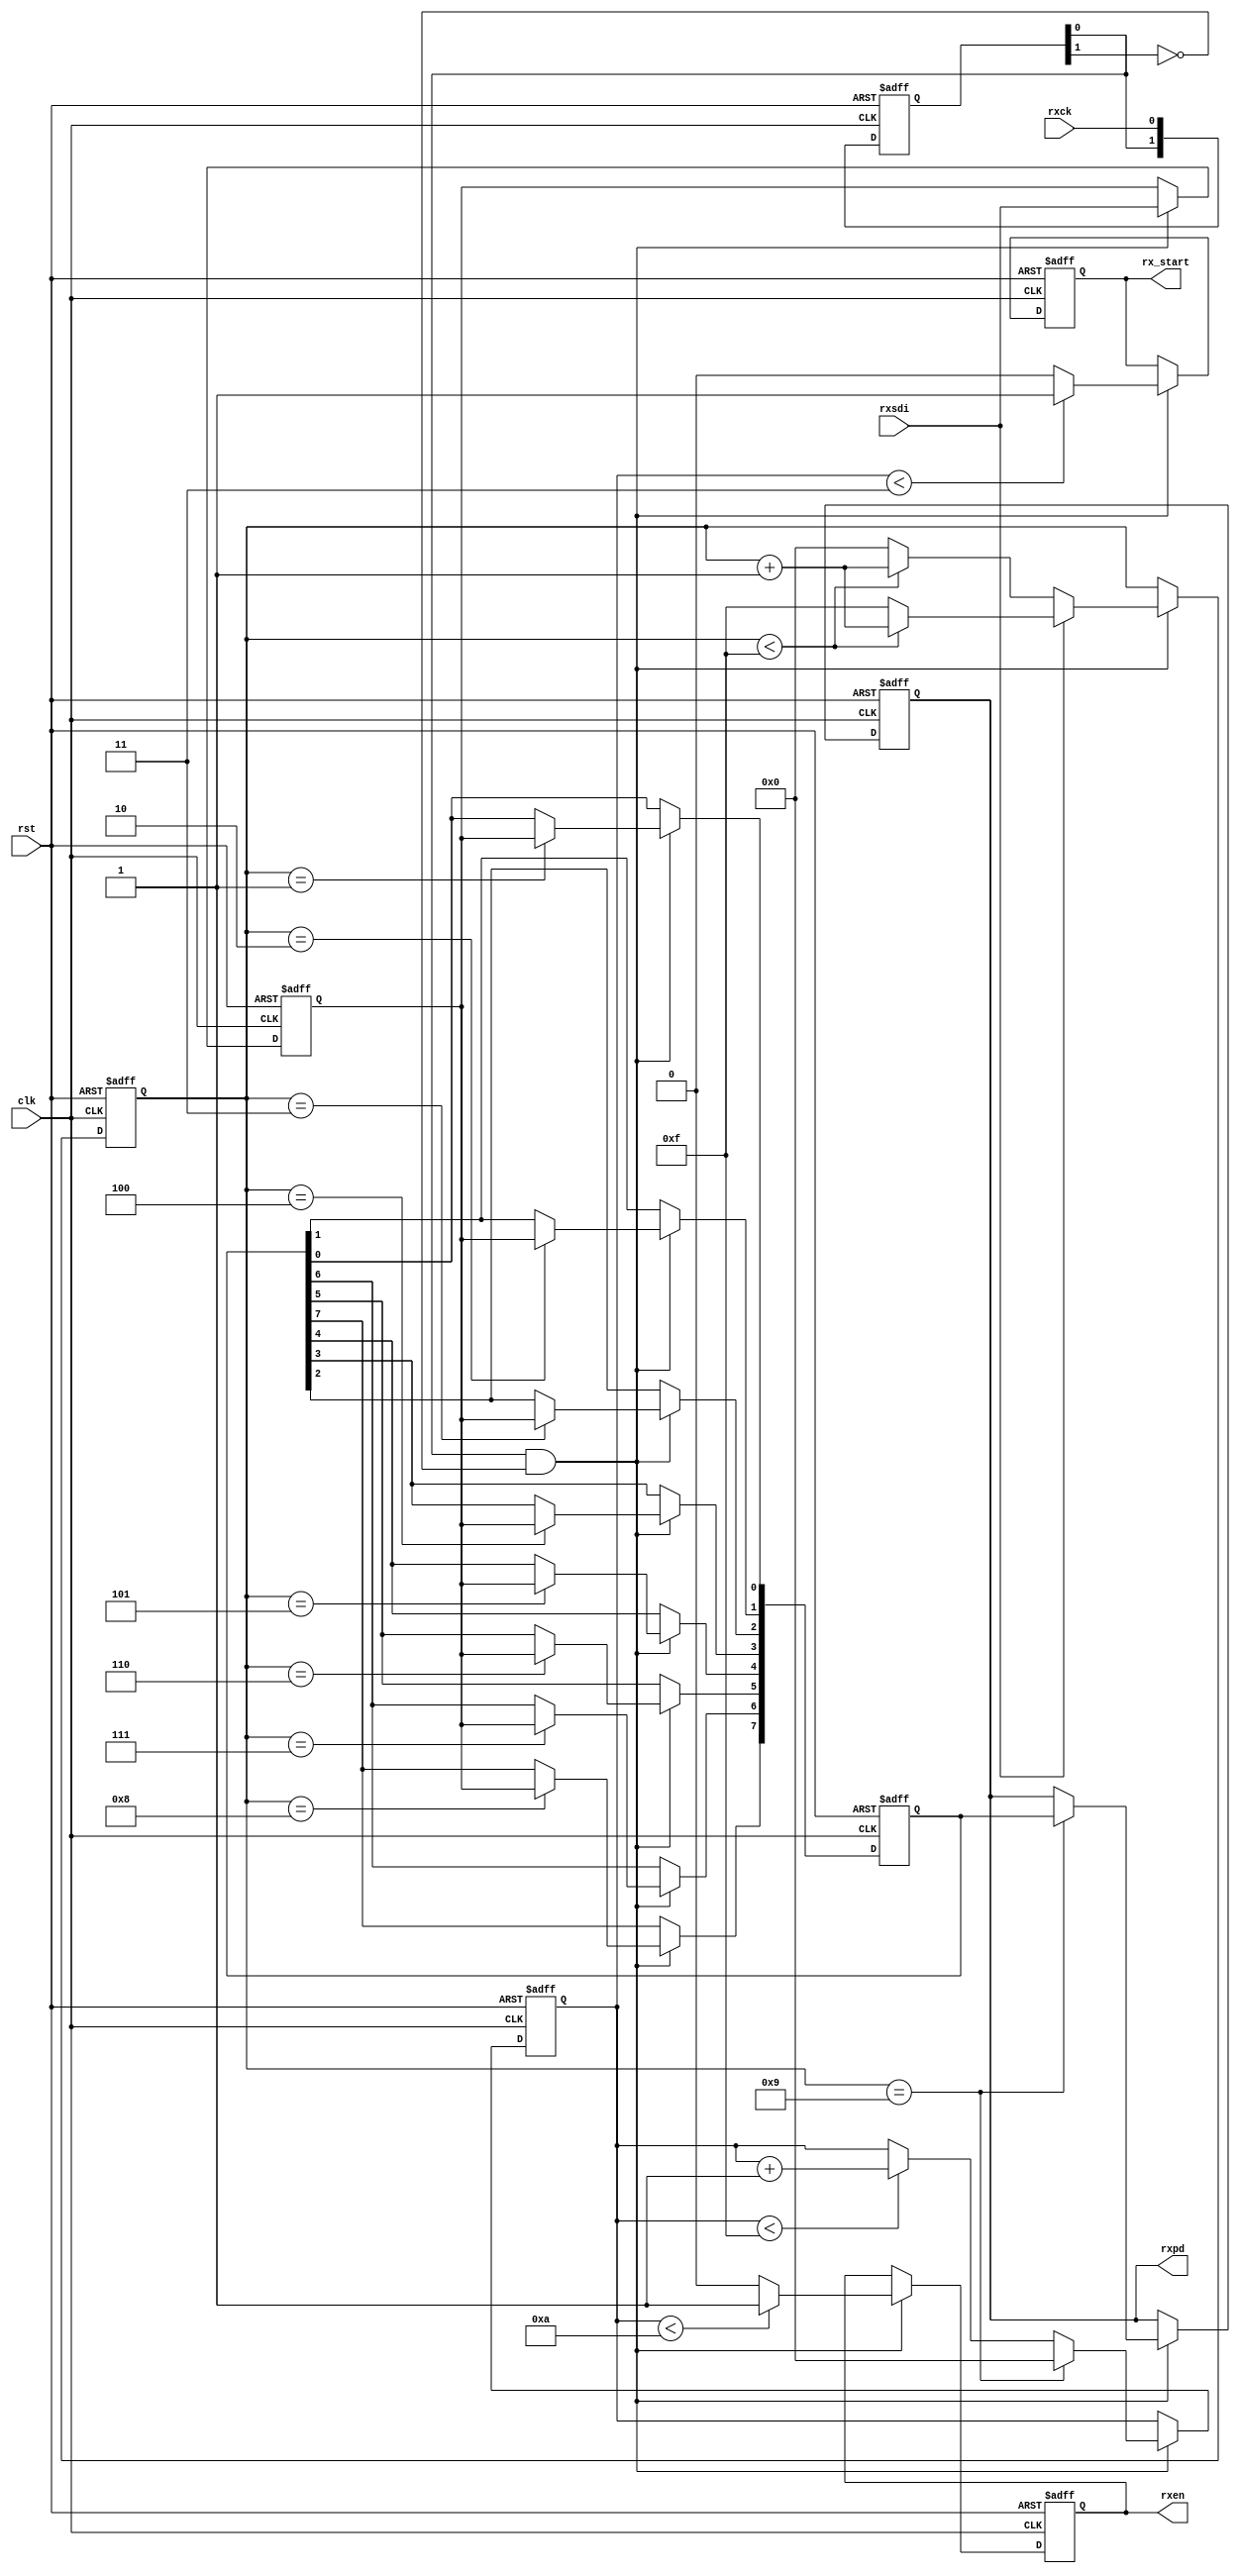
module rx232_pd(
    input clk,
    input rst,
    input rxsdi,
    input rxck,
    output reg [7:0] rxpd,
    output reg rxen,
    output reg rx_start
    );
    
    //delaying rxck
    reg [1:0] rxck_d;
    wire rxck_r;
    
    always@(posedge clk or negedge rst) begin
        if(!rst) begin
            rxck_d <= 0;
        end
        else begin
            rxck_d <= {rxck_d[0], rxck};
        end
    end
    assign rxck_r = rxck_d[0] & ~rxck_d[1];
    
    //delaying rxsdi
    reg rxsdi_d;
    
    always@(posedge clk or negedge rst) begin
        if(!rst) begin
            rxsdi_d <= 1;
        end
        else begin
            if(rxck_r == 1) begin
                rxsdi_d <= rxsdi;
            end
            else begin
                rxsdi_d <= rxsdi_d;
            end
        end
    end
    
    //rx count
    reg [3:0] rx_cnt;
    
    always@(posedge clk or negedge rst) begin
        if(!rst) begin
            rx_cnt <= 4'hf;
        end
        else begin
            if(rxck_r == 1) begin
                if(rxsdi == 1) begin
                    if(rx_cnt < 15) begin
                        rx_cnt <= rx_cnt + 1;
                    end
                    else begin
                        rx_cnt <= 4'hf;
                    end
                end
                else begin
                    if(rx_cnt < 15) begin
                        rx_cnt <= rx_cnt + 1;
                    end
                    else begin
                        rx_cnt <= 0;
                    end
                end
            end
            else begin
                rx_cnt <= rx_cnt;
            end
        end
    end
    
    //8-bit temp
    reg [7:0] temp;
    
    always@(posedge clk or negedge rst) begin
        if(!rst) begin
            temp <= 8'hff;
        end
        else begin
            if(rxck_r == 1) begin
                case(rx_cnt)
                    1 : temp[0] <= rxsdi_d;
                    2 : temp[1] <= rxsdi_d;
                    3 : temp[2] <= rxsdi_d;
                    4 : temp[3] <= rxsdi_d;
                    5 : temp[4] <= rxsdi_d;
                    6 : temp[5] <= rxsdi_d;
                    7 : temp[6] <= rxsdi_d;
                    8 : temp[7] <= rxsdi_d;
                    default : temp <= temp;
                endcase
            end
            else begin
                temp <= temp;
            end
        end
    end
    
    //pro- count
    reg [3:0] rx_pro_cnt;
    
    always@(posedge clk or negedge rst) begin
        if(!rst) begin
            rx_pro_cnt <= 4'hf;
        end
        else begin
            if(rxck_r == 1) begin
                if(rx_cnt == 9) begin
                    rx_pro_cnt <= 0;
                end
                else begin
                    if(rx_pro_cnt < 15) begin
                        rx_pro_cnt <= rx_pro_cnt + 1;
                    end
                    else begin
                        rx_pro_cnt <= rx_pro_cnt;
                    end
                end
            end
            else begin
                rx_pro_cnt <= rx_pro_cnt;
            end
        end
    end    
    
    //upload temp into rxpd
    
    always@(posedge clk or negedge rst) begin
        if(!rst) begin
            rxpd <= 8'hff;
        end
        else begin
            if(rxck_r == 1) begin
                if(rx_cnt == 9) begin
                    rxpd <= temp;
                end
                else begin
                    rxpd <= rxpd;
                end
            end
            else begin
                rxpd <= rxpd;
            end
        end
    end
    
    //rxen
    
    always@(posedge clk or negedge rst) begin
        if(!rst) begin
            rxen <= 0;
        end
        else begin
            if(rxck_r == 1) begin
                if(rx_pro_cnt < 10) begin
                    rxen <= 1;
                end
                else begin
                    rxen <= 0;
                end
            end
            else begin
                rxen <= rxen;
            end
        end
    end
    
    //rx_start
    
    always@(posedge clk or negedge rst) begin
        if(!rst) begin
            rx_start <= 0;
        end
        else begin
            if(rxck_r == 1) begin
                if(rx_pro_cnt < 3) begin
                    rx_start <= 1;
                end
                else begin
                    rx_start <= 0;
                end
            end
            else begin
                rx_start <= rx_start;
            end
        end
    end
endmodule